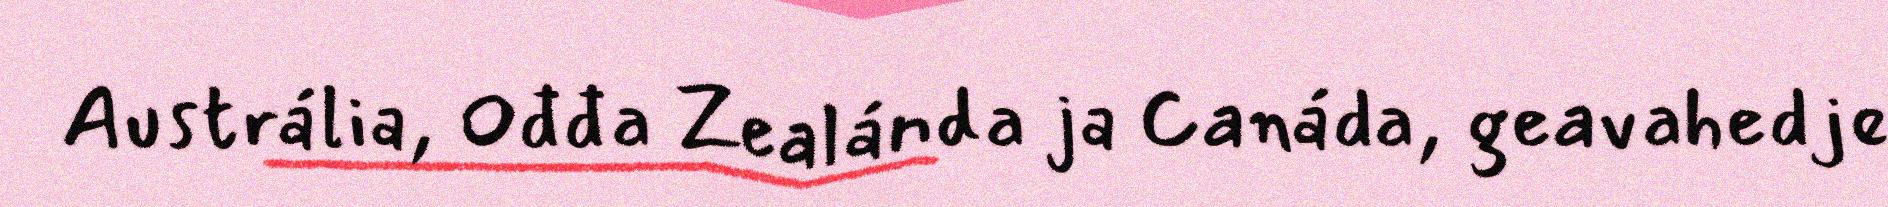
Austrália, Ođđa Zealánda ja Canáda, geavahedje